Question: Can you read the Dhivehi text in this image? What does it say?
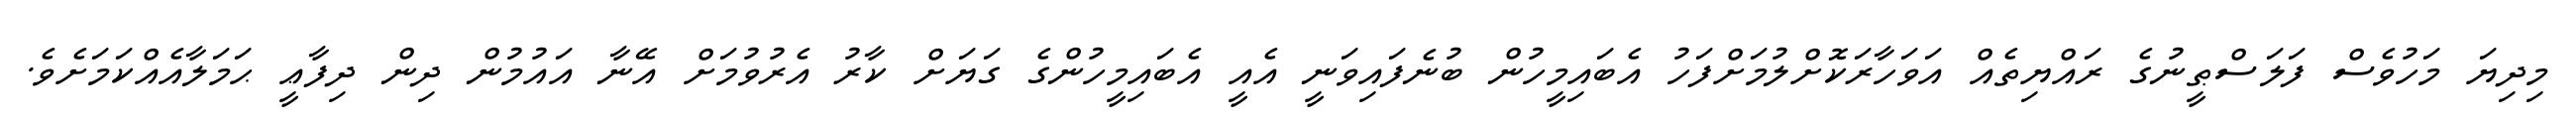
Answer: މިދިޔަ މަހުވެސް ފަލަސްޠީނުގެ ރައްޔިތެއް އަވަހާރަކޮށްލުމަށްފަހު އެބައިމީހުން ބުނެފައިވަނީ އެއީ އެބައިމީހުންގެ ގަޔަށް ކާރު އެރުވުމަށް އޭނާ އައުމުން ދިން ދިފާޢީ ޙަމަލާއެއްކަމަށެވެ.